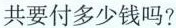
共要付多少钱吗?